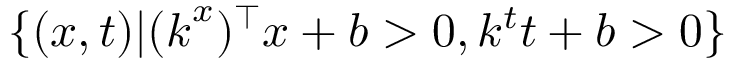
\{ ( \boldsymbol { x } , t ) | ( \boldsymbol { k } ^ { x } ) ^ { \top } \boldsymbol { x } + b > 0 , k ^ { t } t + b > 0 \}